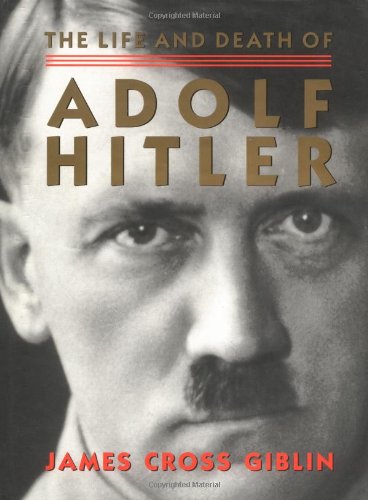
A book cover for The Life and Death of Adolf Hitler; James Cross Giblin; Biographies & Memoirs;